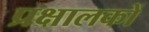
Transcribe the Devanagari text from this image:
प्रक्षालकों